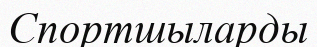
Спортшыларды